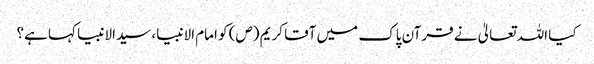
کیا اللہ تعالیٰ نے قرآن پاک میں آقا کریم (ص) کو امام الانبیا، سیدالانبیا کہا ہے؟